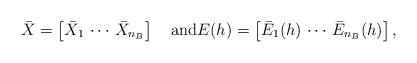
LaTeX: \begin{align*} \bar{X} = \left[ \bar{X}_1 \, \cdots \, \bar{X}_{n_B} \right] \quad\mbox{and}E(h) = \left[ \bar{E}_1(h) \,\cdots\, \bar{E}_{n_B}(h) \right],\end{align*}